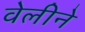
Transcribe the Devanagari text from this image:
वेलीने